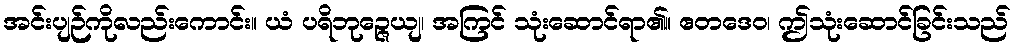
အင်းပျဉ်ကိုလည်းကောင်း။ ယံ ပရိဘုဉ္ဇေယျ၊ အကြင် သုံးဆောင်ရာ၏။ ဧတဒေဝ၊ ဤသုံးဆောင်ခြင်းသည်